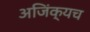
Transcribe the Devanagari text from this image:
अजिंक्यच